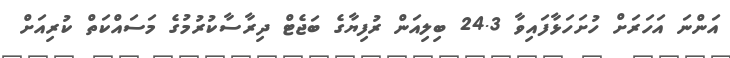
އަންނަ އަހަރަށް ހުށަހަޅާފައިވާ 24.3 ބިލިއަން ރުފިޔާގެ ބަޖެޓް ދިރާސާކުރުމުގެ މަސައްކަތް ކުރިއަށް